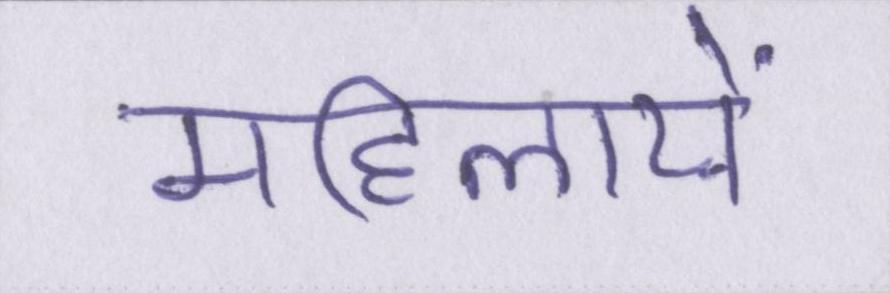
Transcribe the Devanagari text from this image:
महिलायें